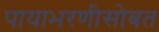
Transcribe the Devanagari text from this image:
पायाभरणीसोबत